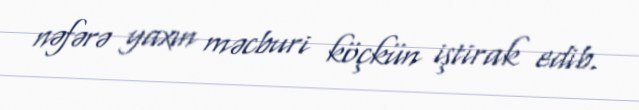
nəfərə yaxın məcburi köçkün iştirak edib.